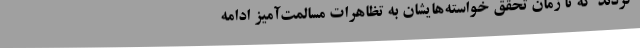
کردند که تا زمان تحقق خواسته‌هایشان به تظاهرات مسالمت‌آمیز ادامه